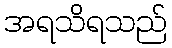
အရသိရသည်